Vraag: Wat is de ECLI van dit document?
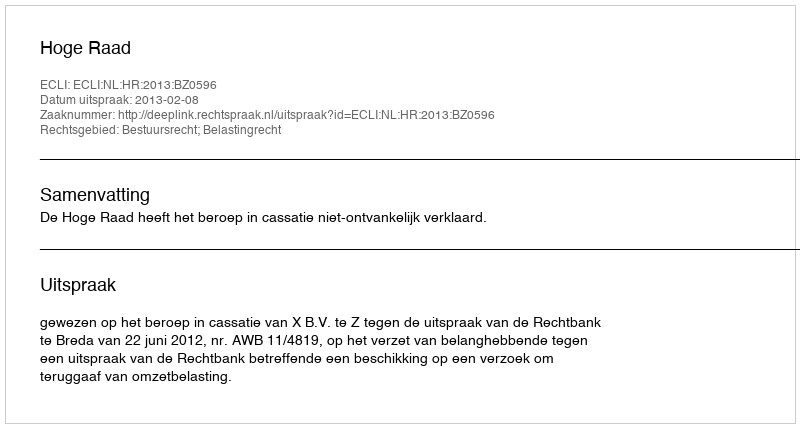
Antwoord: ECLI:NL:HR:2013:BZ0596